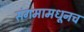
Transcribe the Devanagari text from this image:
संगमामधूनच